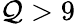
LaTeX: \mathcal{Q}>9